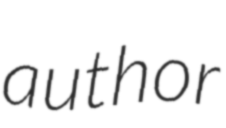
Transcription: author